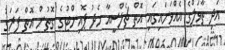
އަދި ތާވަލްގެ އެއްވަނައިގައި އޮތް ޗެލްސީއާ މެދު ޕޮއިންޓުގެ ގޮތުން އޮތް ފަރަގު